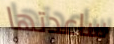
ساعدتها